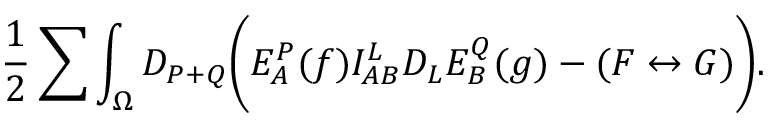
{ \frac { 1 } { 2 } } \sum \int _ { \Omega } D _ { P + Q } \biggl ( E _ { A } ^ { P } ( f ) I _ { A B } ^ { L } D _ { L } E _ { B } ^ { Q } ( g ) - ( F \leftrightarrow G ) \biggr ) .